Leaving Certificate Examination, 1902
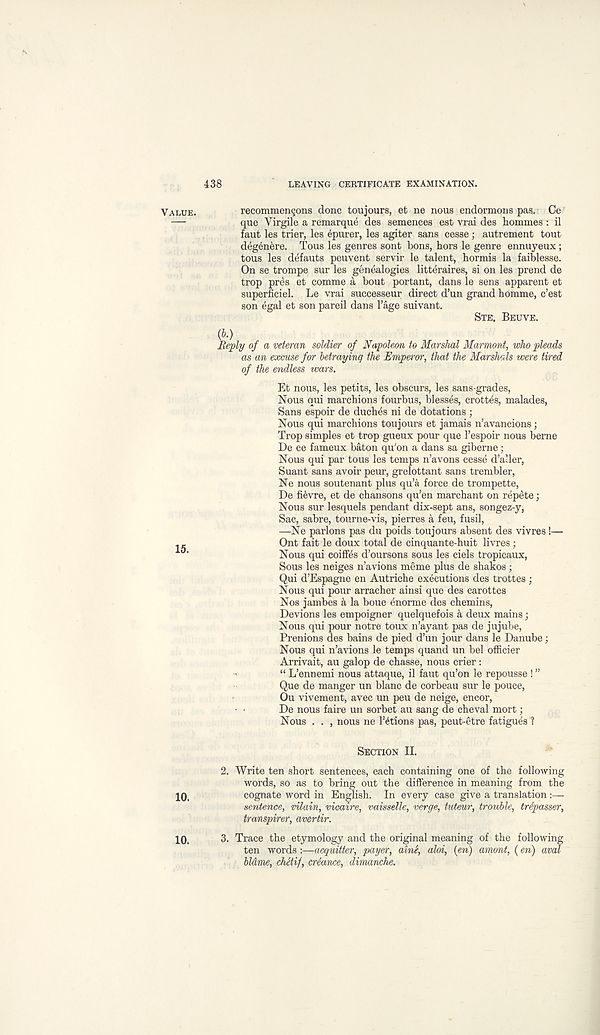
38
LEAVING CERTIFICATE EXAMINATION.
recommengons done toujours, et ne nous endormons pas. Ce
que Virgile a remarque des semences est vrai des hommes : il
faut les trier, les epurer, les agiter sans cesse; autrement tout
degen6re. Tous les genres sont bons, hors le genre ennuyeux;
tous les defauts peuvent servir le talent, hormis la faiblesse.
On se trompe sur les genealogies litteraires, si on les prend de
trop pres et comme a bout portant, dans le sens apparent et
superficiel. Le vrai successeur direct d’un grand homme, e’est
son egal et son pareil dans 1’age suivant.
STE. BEUVE.
(b.)
Reply of a veteran soldier of Napoleon to Marshal Marmont, who pleads
as an excuse for betraying the Emperor, that the Marshals were tired
of the endless wars.
Et nous, les petits, les obscurs, les sans-grades,
Nous qui marchions fourbus, blesses, crottes, malades,
Sans espoir de duches ni de dotations ;
Nous qui marchions toujours et jamais n’avancions ;
Trop simples et trop gueux pour que I’espoir nous berne
De ce fameux baton qu'on a dans sa giberne :
Nous qui par tous les temps n’avons cesse d’a’ler,
Suant sans avoir peur, grelottant sans trembler,
Ne nous soutenant plus qu’a force de trompette,
De fi&vre, et de chansons qu’en marchant on repete;
Nous sur lesquels pendant dix-sept ans, songez-y,
Sac, sabre, tourne-vis, pierres a feu, fusil,
—Ne parlons pas du poids toujours absent des vivres!—
Ont fait le doux total de cinquante-huit livres;
Nous qui coiffes d’oursons sous les dels tropicaux,
Sous les neiges n’avions meme plus de shakos;
Qui d’Espagne en Autriche executions des trottes ;
Nous qui pour arracher ainsi que des carottes
Nos jambes a la boue enorme des chemins,
Devions les empoigner quelquefois k deux mains;
Nous qui pour notre toux n’ayant pas de jujube,
Prenions des bains de pied d’un jour dans le Danube;
Nous qui n’avions le temps quand un bel officier
Arrivait, au galop de chasse, nous crier :
“ L’ennemi nous attaque, il faut qu’on le repousse ! ”
Que de manger un blanc de corbeau sur le pouce,
Ou vivement, avec un peu de neige, encor,
■ ■
De nous faire un sorbet au sang de cheval mort;
Nous . . , nous ne lotions pas, peut-etre fatigues ?
SECTION II.
2. Write ten short sentences, each containing one of the following
words, so as to bring out the difference in meaning from the
cognate word in English. In every case give a translation :—
sentence, vilain, vicaire, vaisselle, verge, tuteur, trouble, tripasser,
transpirer, avertir.
3. Trace the etymology and the original meaning of the following
ten words :—acquitter, payer, ain'e, aloi, (en) amont, (en) aval
bldme, chHif, criance, dima'nche.